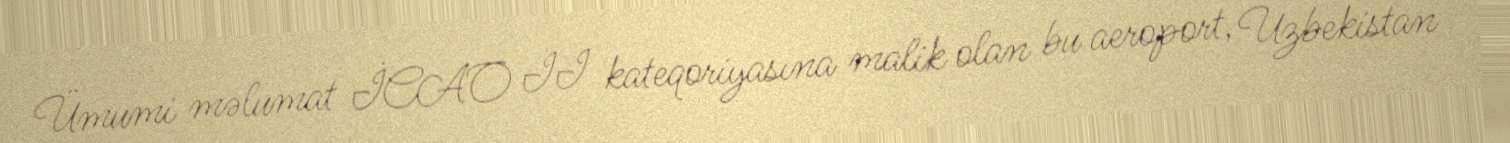
Ümumi məlumat İCAO II kateqoriyasına malik olan bu aeroport, Uzbekistan